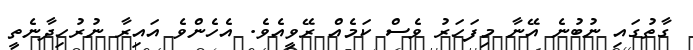
ގާތުގައި ނުބުނެ އޭނާ މިފަހަރު ވެސް ކަމެއް ރޭވީއެވެ. އެހެންވެ އައިރާ ނުރުހިދާނެތީ